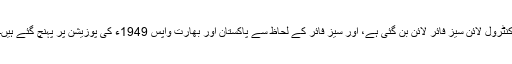
کنٹرول لائن سیز فائر لائن بن گئی ہے، اور سیز فائر کے لحاظ سے پاکستان اور بھارت واپس 1949ء کی پوزیشن پر پہنچ گئے ہیں۔